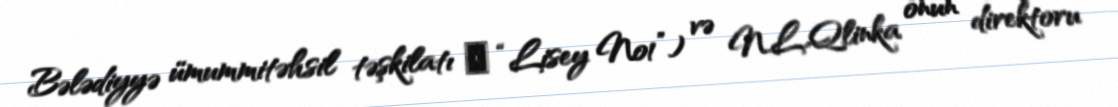
Bələdiyyə ümummitəhsil təşkilatı ̶ “Lisey №1”) və N.L.Qlinka onun direktoru